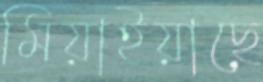
মিয়াইয়াছে